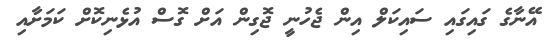
އޭނާގެ ގައިގައި ސައިކަލް އިން ޖެހުނީ ޖޮގިން އަށް ގޮސް އުޅެނިކޮށް ކަމަށާއި